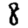
Digit: 8